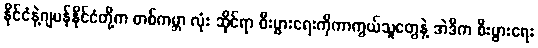
နိုင်ငံနဲ့ဂျပန်နိုင်ငံတို့က တစ်ကမ္ဘာ လုံး ဆိုင်ရာ စီးပွားရေးကိုကာကွယ်သူတွေနဲ့ အဲဒီက စီးပွားရေး